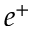
e ^ { + }